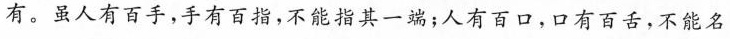
有。虽人有百手，手有百指，不能指其一端；人有百口，口有百舌，不能名